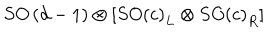
LaTeX: S O \left( d - 1 \right) \otimes \left[ S O \left( c \right) _ { L } \otimes S O \left( c \right) _ { R } \right]